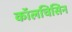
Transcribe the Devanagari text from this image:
कॉलचिसिन